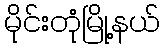
မိုင်းတုံမြို့နယ်